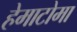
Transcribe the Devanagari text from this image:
हेमाटोमा